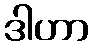
ဒါဟာ